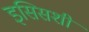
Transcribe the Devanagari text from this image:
इसिसशी